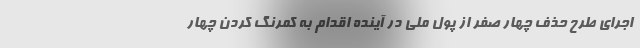
اجرای طرح حذف چهار صفر از پول ملی در آینده اقدام به کمرنگ کردن چهار